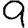
Digit: 9